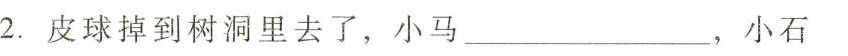
2.皮球掉到树洞里去了，小马___，小石